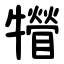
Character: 㹙